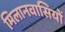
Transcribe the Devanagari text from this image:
मिलानवासियों